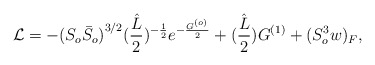
\begin{align*}{\cal L}=-{(S_o {\bar S}_o)}^{3/2}(\frac{\hat{L}}{2})^{-\frac{1}{2}}e^{-\frac{G^{(o)}}{2}} + (\frac{\hat{L}}{2})G^{(1)} +{(S_o^3 w)_F},\end{align*}